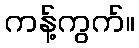
ကန့်ကွက်။